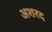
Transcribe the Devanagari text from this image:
अशरद